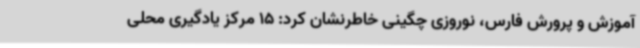
آموزش و پرورش فارس، نوروزی چگینی خاطرنشان کرد: 15 مرکز یادگیری محلی